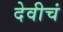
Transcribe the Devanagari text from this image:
देवीचं